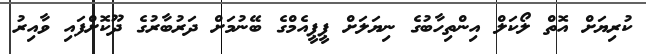
ކުރިޔަށް އޮތް ލޯކަލް އިންތިހާބުގެ ނިޔަލަށް ޕީޕީއެމްގެ ބޭނުމަށް ދަރުބާރުގެ ދޫކޮށްފައި ވާއިރު